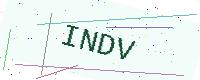
Text: INDV